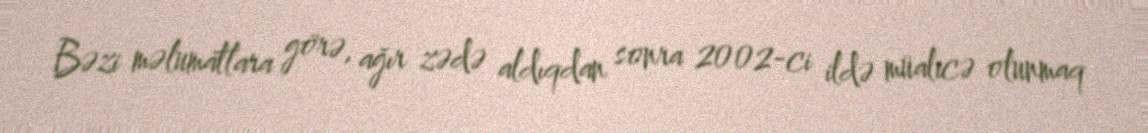
Bəzi məlumatlara görə, ağır zədə aldıqdan sonra 2002-ci ildə müalicə olunmaq